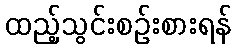
ထည့်သွင်းစဉ်းစားရန်